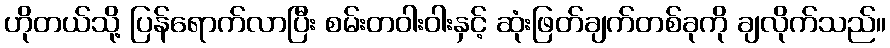
ဟိုတယ်သို့ ပြန်ရောက်လာပြီး စမ်းတဝါးဝါးနှင့် ဆုံးဖြတ်ချက်တစ်ခုကို ချလိုက်သည်။